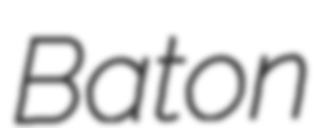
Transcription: Baton